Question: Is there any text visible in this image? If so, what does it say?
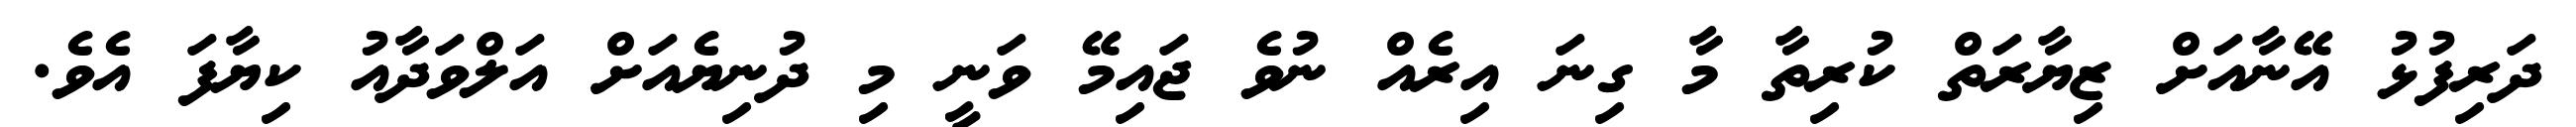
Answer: ދަރިފުޅު އޭނާއަށް ޒިޔާރަތް ކުރިތާ މާ ގިނަ އިރެއް ނުވެ ޖައިމޭ ވަނީ މި ދުނިޔެއަށް އަލްވަދާއު ކިޔާފަ އެވެ.